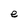
Character: e